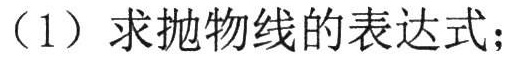
（1）求抛物线的表达式；